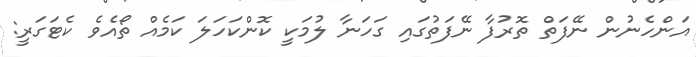
އަންހެނުން ނޭފަތް ތޮރުފާ ނޭފަތުގައި ގަހަނާ ލުމަކީ ކޮންކަހަލަ ކަމެއް ތޯއެވެ ކެޓަގަރީ: